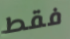
فقط